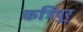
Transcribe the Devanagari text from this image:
कर्त्रिपुर्